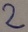
Text: 2